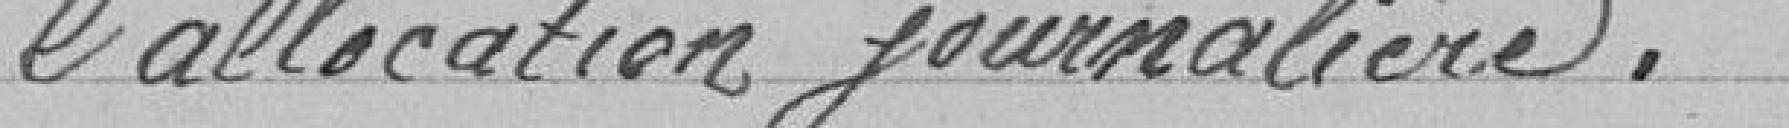
l'allocation journalière